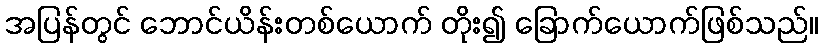
အပြန်တွင် ဘောင်ယိန်းတစ်ယောက် တိုး၍ ခြောက်ယောက်ဖြစ်သည်။